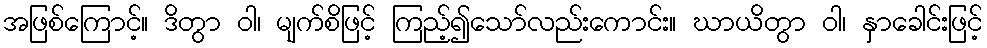
အဖြစ်ကြောင့်။ ဒိတွာ ဝါ၊ မျက်စိဖြင့် ကြည့်၍သော်လည်းကောင်း။ ဃာယိတွာ ဝါ၊ နှာခေါင်းဖြင့်